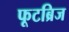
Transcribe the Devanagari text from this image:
फूटब्रिज